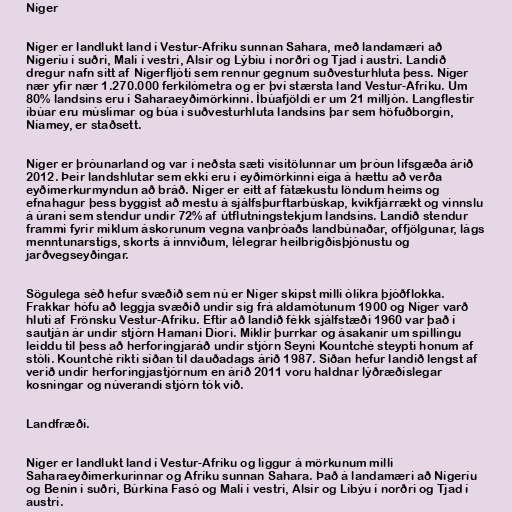
Níger

Níger er landlukt land í Vestur-Afríku sunnan Sahara, með landamæri að
Nígeríu í suðri, Malí í vestri, Alsír og Lýbíu í norðri og Tjad í austri. Landið
dregur nafn sitt af Nígerfljóti sem rennur gegnum suðvesturhluta þess. Níger
nær yfir nær 1.270.000 ferkílómetra og er því stærsta land Vestur-Afríku. Um
80% landsins eru í Saharaeyðimörkinni. Íbúafjöldi er um 21 milljón. Langflestir
íbúar eru múslimar og búa í suðvesturhluta landsins þar sem höfuðborgin,
Níamey, er staðsett.

Níger er þróunarland og var í neðsta sæti vísitölunnar um þróun lífsgæða árið
2012. Þeir landshlutar sem ekki eru í eyðimörkinni eiga á hættu að verða
eyðimerkurmyndun að bráð. Níger er eitt af fátækustu löndum heims og
efnahagur þess byggist að mestu á sjálfsþurftarbúskap, kvikfjárrækt og vinnslu
á úrani sem stendur undir 72% af útflutningstekjum landsins. Landið stendur
frammi fyrir miklum áskorunum vegna vanþróaðs landbúnaðar, offjölgunar, lágs
menntunarstigs, skorts á innviðum, lélegrar heilbrigðisþjónustu og
jarðvegseyðingar.

Sögulega séð hefur svæðið sem nú er Níger skipst milli ólíkra þjóðflokka.
Frakkar hófu að leggja svæðið undir sig frá aldamótunum 1900 og Níger varð
hluti af Frönsku Vestur-Afríku. Eftir að landið fékk sjálfstæði 1960 var það í
sautján ár undir stjórn Hamani Diori. Miklir þurrkar og ásakanir um spillingu
leiddu til þess að herforingjaráð undir stjórn Seyni Kountché steypti honum af
stóli. Kountché ríkti síðan til dauðadags árið 1987. Síðan hefur landið lengst af
verið undir herforingjastjórnum en árið 2011 voru haldnar lýðræðislegar
kosningar og núverandi stjórn tók við.

Landfræði.

Níger er landlukt land í Vestur-Afríku og liggur á mörkunum milli
Saharaeyðimerkurinnar og Afríku sunnan Sahara. Það á landamæri að Nígeríu
og Benín í suðri, Búrkína Fasó og Malí í vestri, Alsír og Líbýu í norðri og Tjad í
austri.